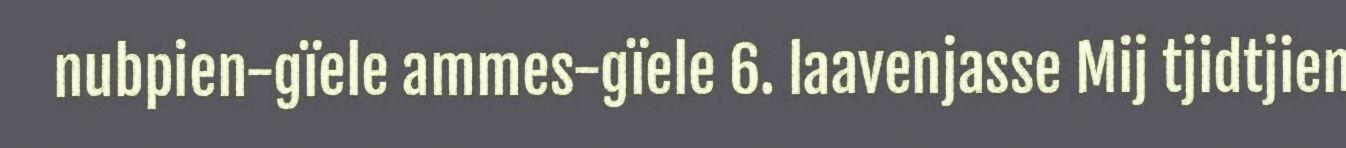
nubpien-gïele ammes-gïele 6. laavenjasse Mij tjidtjien